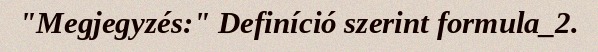
"Megjegyzés:" Definíció szerint formula_2.